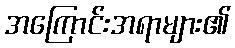
အကြောင်းအရာများ၏